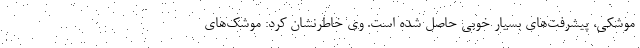
موشکی، پیشرفت‌های بسیار خوبی حاصل شده است. وی خاطرنشان کرد: موشک‌های